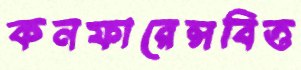
কনফারেন্সবিত্ত